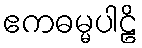
ဧကဓမ္မပါဠိ